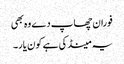
فوران چھاپ دے وہ بھی
یہ مینڈکی ہے کون یار۔